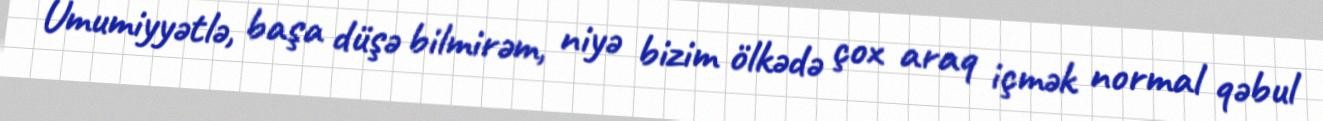
Ümumiyyətlə, başa düşə bilmirəm, niyə bizim ölkədə çox araq içmək normal qəbul